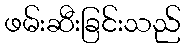
ဖမ်းဆီးခြင်းသည်